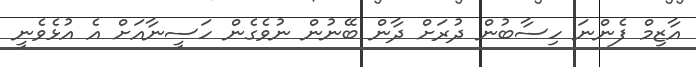
އާޒިމް ފެންނަ ހިސާބުން ދުރަށް ދާން ބޭނުން ނުވެގެން ހަސީނާއަށް އެ އުޅެވެނީ